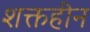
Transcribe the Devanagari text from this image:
शक्तहीन